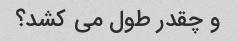
و چقدر طول می کشد؟